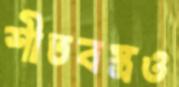
শীতবস্ত্রও